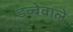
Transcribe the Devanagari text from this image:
डब्बेवाले